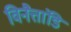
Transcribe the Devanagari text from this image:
विनैत्तांडि